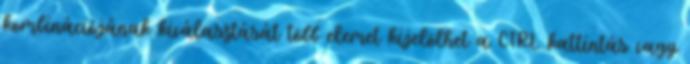
kombinációjának kiválasztását több elemet kijelölhet a CTRL kattintás vagy